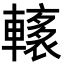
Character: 𨎭